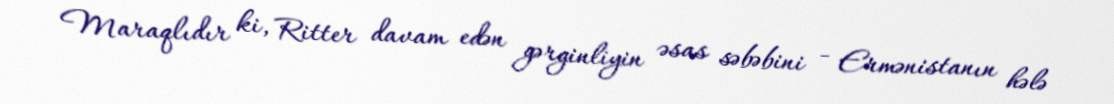
Maraqlıdır ki, Ritter davam edən gərginliyin əsas səbəbini - Ermənistanın hələ